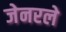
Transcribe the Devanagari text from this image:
जेनरले